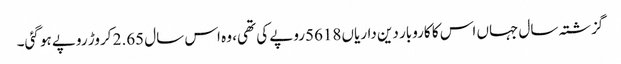
گزشتہ سال جہاں اس کا کاروبار دین داریاں 5618روپے کی تھی، وہ اس سال 2.65 کروڑ روپے ہو گئی۔